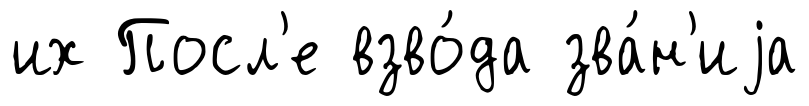
их Посл'е взво́да зва́н'иjа